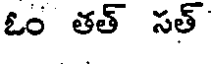
ఓం తత్ సత్